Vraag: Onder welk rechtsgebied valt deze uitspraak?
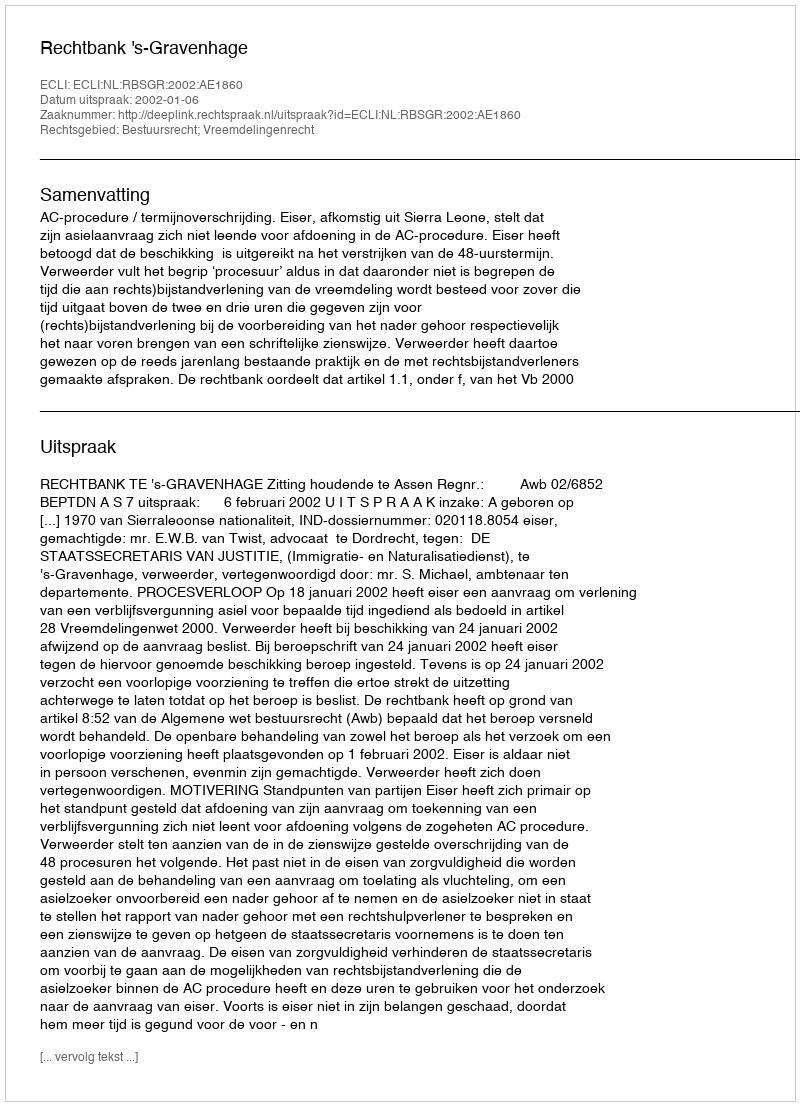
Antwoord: Bestuursrecht; Vreemdelingenrecht